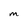
Character: M